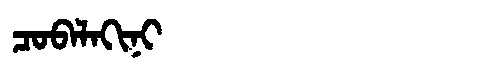
Manchu: ᠴᠣᠪᠠᠯᠠᡴᡳᠨᡳ
Romanization: COBALAKINI